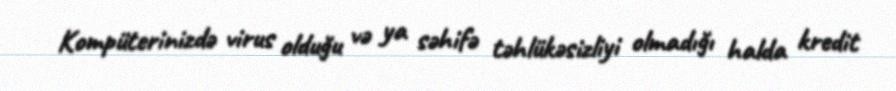
Kompüterinizdə virus olduğu və ya səhifə təhlükəsizliyi olmadığı halda kredit